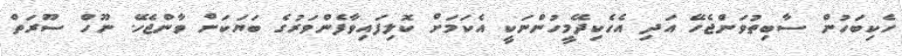
ހެކިބަހުން ސާބިތުވަންޖެހޭ އަދި އެހެކިދޭމީހުންނަކީ އެކަމަށް ކޮލިފައިވާފެންވަރުގެ ބަޔަކަށް ވާންޖެހޭ. ނޫހް ސޫރަތް